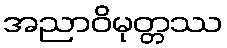
အညာဝိမုတ္တဿ